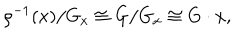
\rho ^ { - 1 } ( x ) / G _ { x } \cong G / G _ { x } \cong G \cdot x ,